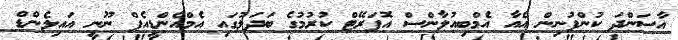
އާސަންދަ ކުންފުނިން އެއާ އެމްބިއުލާންސް އޮޕަރޭޓް ކުރުމުގެ ބަދަލުގައި އެމްއެންޑީއެފް ނޫނީ އައިލެންޑް